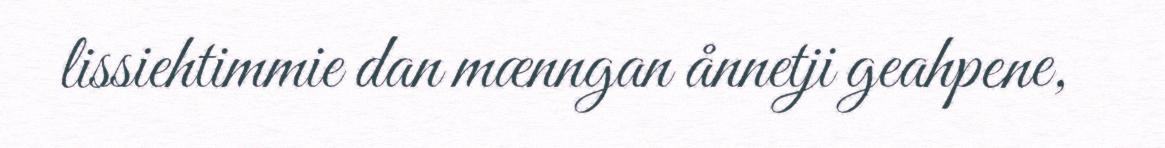
lissiehtimmie dan mænngan ånnetji geahpene,